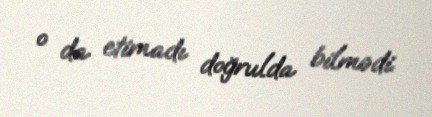
o da etimadı doğrulda bilmədi.